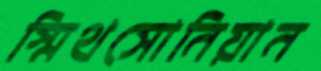
স্মিথসোনিয়ান